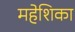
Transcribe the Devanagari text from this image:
महेशिका